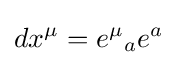
dx^{\mu }=e^{\mu }{}_{a}e^{a}